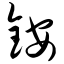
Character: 铵